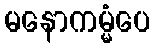
မနောကမ္မံပေ